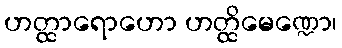
ဟတ္ထာရောဟော ဟတ္ထိမေဏ္ဍော၊